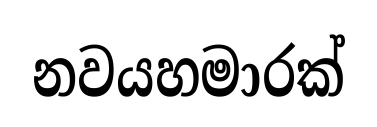
නවයහමාරක්